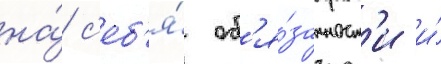
на́ с'еб'я́ об'я́занност'и и́